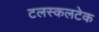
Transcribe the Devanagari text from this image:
टलस्कलटेक